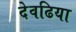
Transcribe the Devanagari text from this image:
देवढिया